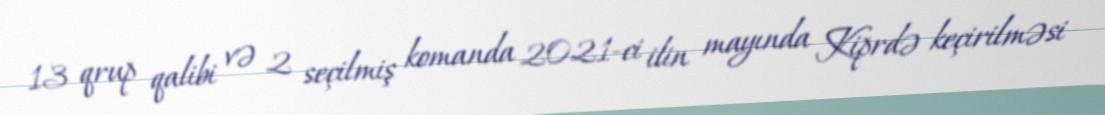
13 qrup qalibi və 2 seçilmiş komanda 2021-ci ilin mayında Kiprdə keçirilməsi